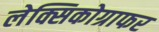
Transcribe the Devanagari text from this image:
लेक्सिकोग्राफर